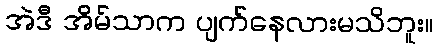
အဲဒီ အိမ်သာက ပျက်နေလားမသိဘူး။